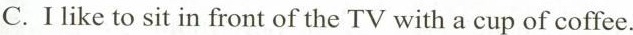
C.I like to sit in front of the TV with a cup of coffee.